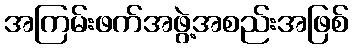
အကြမ်းဖက်အဖွဲ့အစည်းအဖြစ်